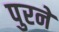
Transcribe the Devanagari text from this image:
पुरने